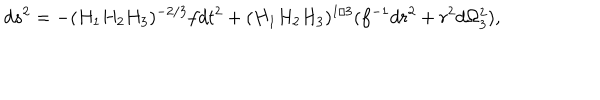
d s ^ { 2 } = - ( H _ { 1 } H _ { 2 } H _ { 3 } ) ^ { - 2 / 3 } f d t ^ { 2 } + ( H _ { 1 } H _ { 2 } H _ { 3 } ) ^ { 1 / 3 } ( f ^ { - 1 } d r ^ { 2 } + r ^ { 2 } d \Omega _ { 3 } ^ { 2 } ) ,